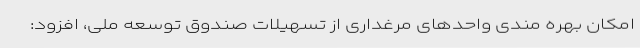
امکان بهره مندی واحدهای مرغداری از تسهیلات صندوق توسعه ملی، افزود: